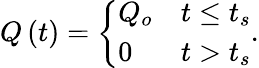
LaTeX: Q\left(t\right)=\left\{ \begin{array}{ll}{Q_{o}}&{t\leq t_{s}}\\ {0}&{t>t_{s}}\end{array}\right..